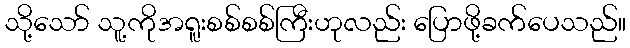
သို့သော် သူ့ကိုအရူးစစ်စစ်ကြီးဟုလည်း ပြောဖို့ခက်ပေသည်။